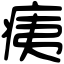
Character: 痍